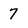
Character: 7